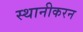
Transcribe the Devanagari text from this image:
स्थानीकरन